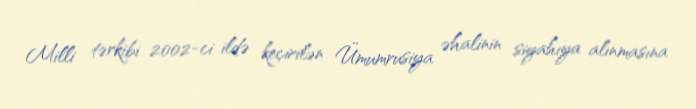
Milli tərkibi 2002-ci ildə keçirilən Ümumrusiya əhalinin siyahıya alınmasına